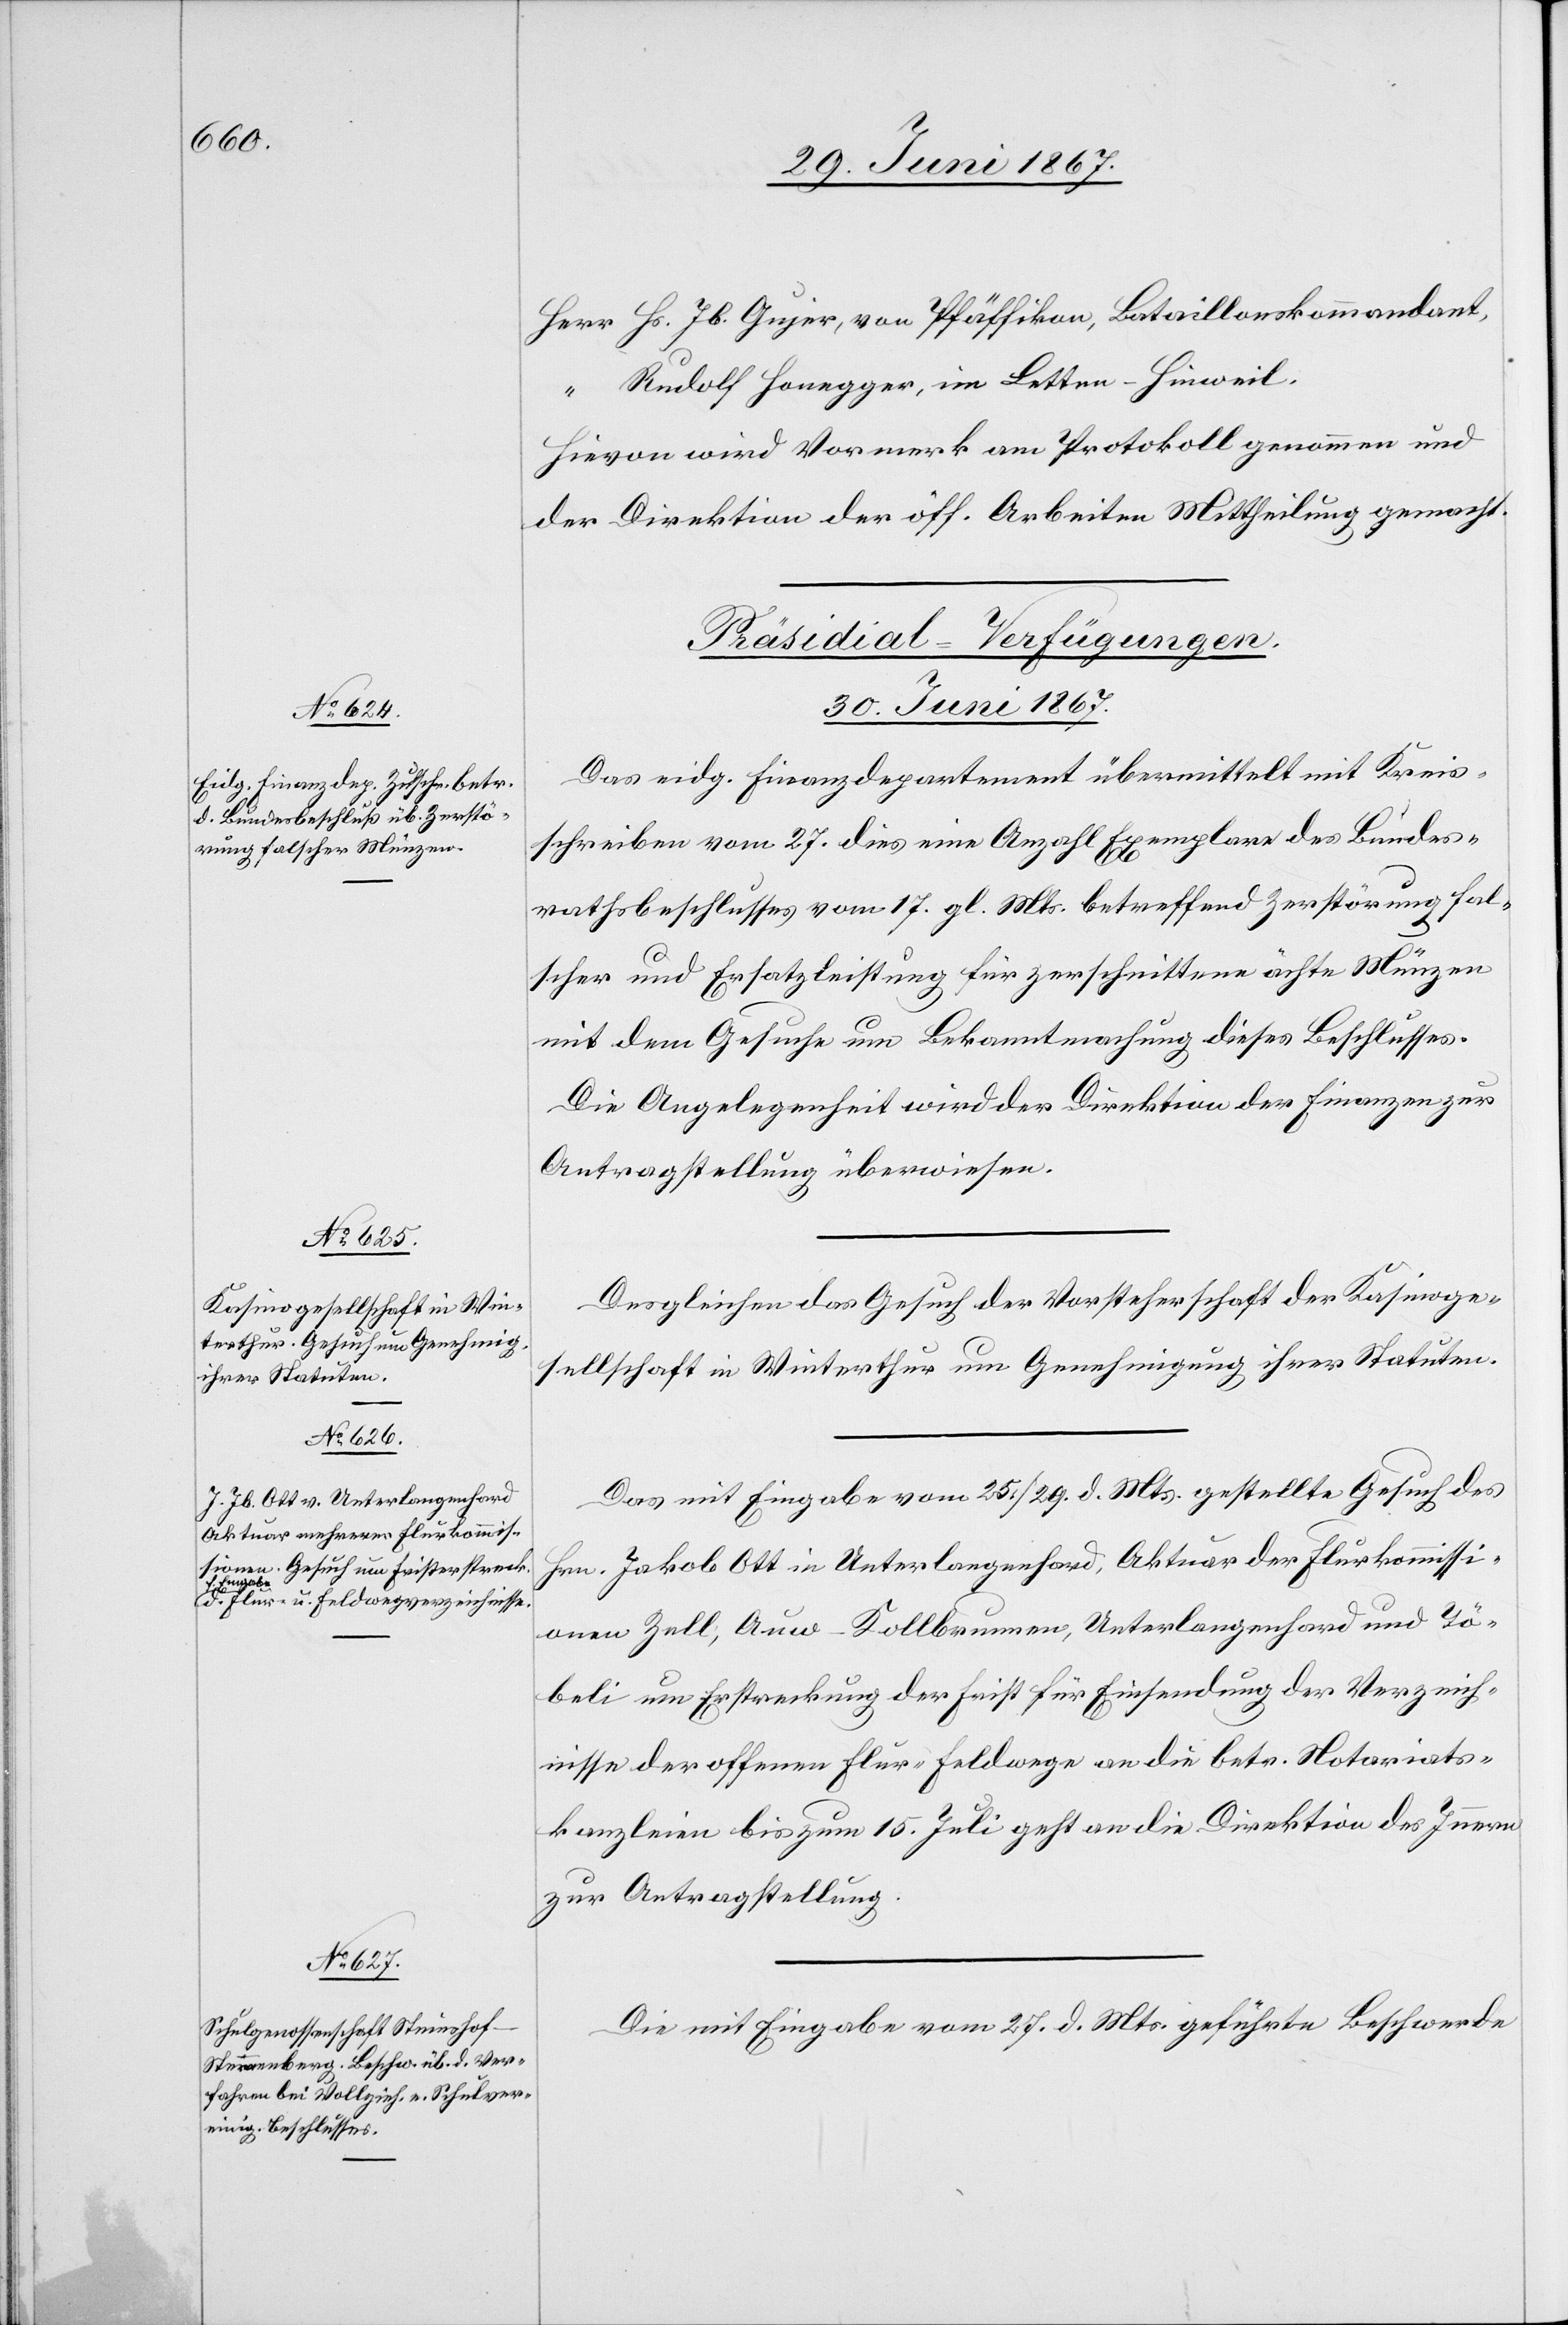
Herr Hs. Jb. Gujer, von Pfäffikon, Bataillonskommandant,
“ Rudolf Honegger, im Letten-Hinweil.
Hievon wird Vormerk am Protokoll genommen und
der Direktion der öff. Arbeiten Mittheilung gemacht.
[Präsidial-Verfügungen.
30. Juni 1867.]
Das eidg. Finanzdepartement übermittelt mit Kreis¬
schreiben vom 27. dies eine Anzahl Exemplare des Bundes¬
rathsbeschlusses vom 17. gl. Mts. betreffend Zerstörung fal¬
scher und Ersatzleistung für zerschnittene ächte Münzen
mit dem Gesuche um Bekanntmachung dieses Beschlusses.
Die Angelegenheit wird der Direktion der Finanzen zur
Antragstellung überwiesen.
Desgleichen das Gesuch der Vorsteherschaft der Kasinoge¬
sellschaft in Winterthur um Genehmigung ihrer Statuten.
Das mit Eingabe vom 25./29. d. Mts. gestellte Gesuch des
Hrn. Jakob Ott in Unterlangenhard, Aktuar der Flurkommissi¬
onen Zell, Auw-Kollbrunnen, Unterlangenhard und Tö¬
beli um Erstreckung der Frist für Einsendung der Verzeich¬
nisse der offenen Flur-Feldwege an die betr. Notariats¬
kanzleien bis zum 15. Juli geht an die Direktion des Innern
zur Antragstellung.
Die mit Eingabe vom 27. d. Mts. geführte Beschwerde